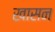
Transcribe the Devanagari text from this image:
खासन